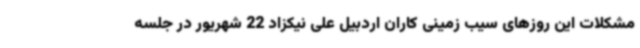
مشکلات این روزهای سیب زمینی کاران اردبیل علی نیکزاد 22 شهریور در جلسه